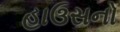
હાઉસનો